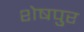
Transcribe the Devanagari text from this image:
शेषपुर